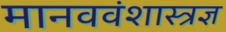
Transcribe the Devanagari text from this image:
मानववंशास्त्रज्ञ